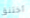
أختنق